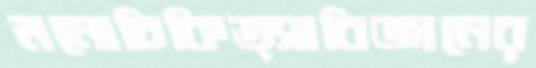
মনোচিকিত্সাবিজ্ঞানের